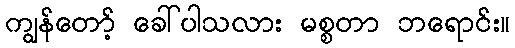
ကျွန်တော့် ခေါ်ပါသလား မစ္စတာ ဘရောင်း။